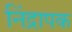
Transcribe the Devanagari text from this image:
निंद्रापक